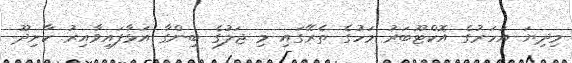
މިދިޔަ އަހަރުގެ އޮކްޓޫބަރު މަހުގެ ތެރޭގައި މި ޖަލުގެ ބިންގާ އަޅާފައިވާއިރު ކާށިދޫ